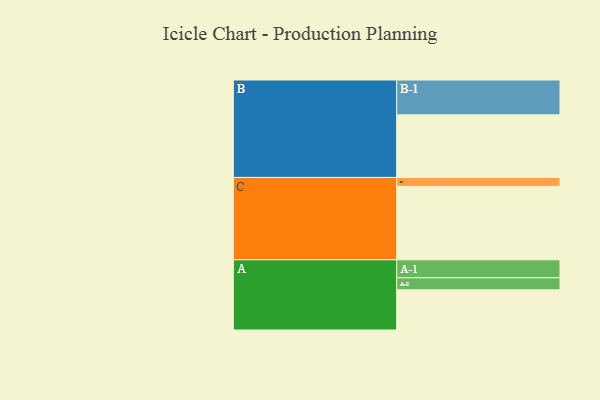
{"axis": {"x": "Segment", "y": "Value"}, "legend": ["", "A", "B", "C"], "data": [{"x": "A", "y": 317, "type": ""}, {"x": "B", "y": 494, "type": ""}, {"x": "C", "y": 580, "type": ""}, {"x": "A-1", "y": 142, "type": "A"}, {"x": "A-2", "y": 95, "type": "A"}, {"x": "B-1", "y": 275, "type": "B"}, {"x": "C-1", "y": 70, "type": "C"}]}